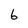
Character: 6